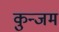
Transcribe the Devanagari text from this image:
कुन्जम